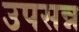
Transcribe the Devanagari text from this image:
उपसन्न